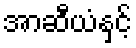
အာဆီယံနှင့်